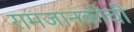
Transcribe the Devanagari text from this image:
रामजानकीची